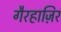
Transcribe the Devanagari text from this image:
गैरहाज़िर